Elephants and their diseases
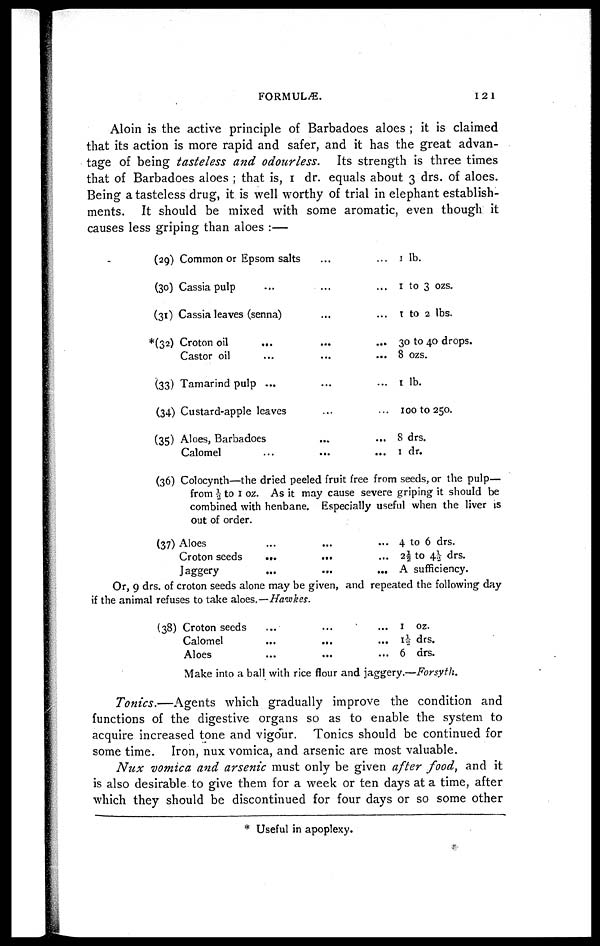
FORMULÆ.
121
Aloin is the active principle of Barbadoes aloes ; it is claimed
that its action is more rapid and safer, and it has the great advan-
tage of being tasteless and odourless.
Its strength is three times
that of Barbadoes aloes ; that is, 1dr. equals about 3 drs. of aloes.
Being a tasteless drug, it is well worthy of trial in elephant establish-
ments. It should be mixed with some aromatic, even though it
causes less griping than aloes :—
(29)
(30)
(31)
*(32)
(33)
(34)
(35)
(36)
(37)
Common or Epsom salts...
Cassia pulp...
Cassia leaves (senna)...
Croton oil
...
Castor oil
...
Tamarind pulp ...
...
Custard-apple leaves
Aloes, Barbadoes
Calomel
...
... 1 lb.
... 1 to 3 ozs.
... 1 to 2 lbs.
... 30 to 40 drops.
... 8 ozs.
... 1 lb.
... 100 to 250.
... 8 drs.
... 1 dr.
Colocynth—the dried peeled fruit free from seeds, or the pulp—
from ½ to 1 oz. As it may cause severe griping it should be
combined with henbane. Especially useful when the liver is
out of order.
Aloes
Croton seeds
...
Jaggery ...
... 4 to 6 drs.
... 2½ to 4½ drs.
... A sufficiency.
Or, 9 drs. of croton seeds alone may be given, and repeated the following day
if the animal refuses to take aloes.—Hwwkes.
(38) Croton seeds
Calomel
Aloes
...
...
...
... 1
... 1½
... 6
oz.
drs.
drs.
Make into a ball with rice flour and jaggery.—Forsyth.
Tonics.—Agents
which gradually improve the condition and
functions of the digestive organs so as to enable the system to
acquire increased tone and vigour. Tonics should be continued for
some time. Iron, nux vomica, and arsenic are most valuable.
Nux vomica and arsenic must only be given after food, and it
is also desirable to give them for a week or ten days at a time, after
which they should be discontinued for four days or so some other
* Useful in apoplexy.